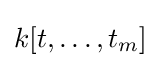
k[t,\dots ,t_{m}]